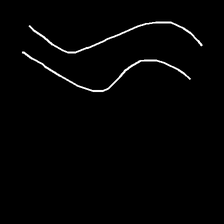
Glyph: float